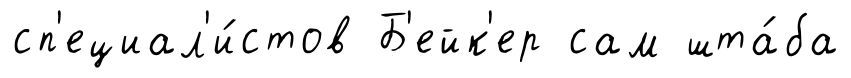
сп'ециал'и́стов Б'ейк'ер сам шта́ба